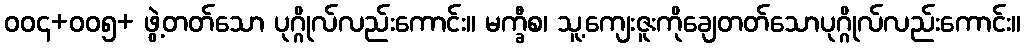
ဝဝ၄+ဝဝ၅+ ဖွဲ့တတ်သော ပုဂ္ဂိုလ်လည်းကောင်း။ မက္ခီစ၊ သူ့ကျေးဇူးကိုချေတတ်သောပုဂ္ဂိုလ်လည်းကောင်း။